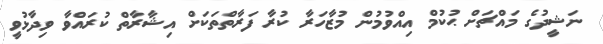
ނަޝީދުގެ މައްޗަށް ޙުކުމް އިއްވުމުން މުޒާހަރާ ކުރާ ފަރާތްތަކަށް އިޝާރާތް ކުރައްވާ ވިދާޅުވީ